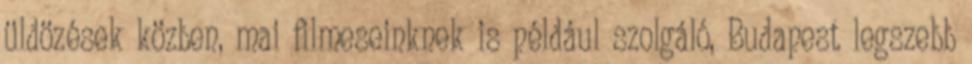
üldözések közben, mai filmeseinknek is például szolgáló, Budapest legszebb